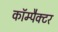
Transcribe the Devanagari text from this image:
कॉम्पैक्टर